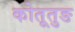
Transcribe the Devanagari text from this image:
कोतूतुङ